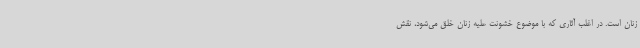
زنان است. در اغلب آثاری که با موضوع خشونت علیه زنان خلق می‌شود، نقش